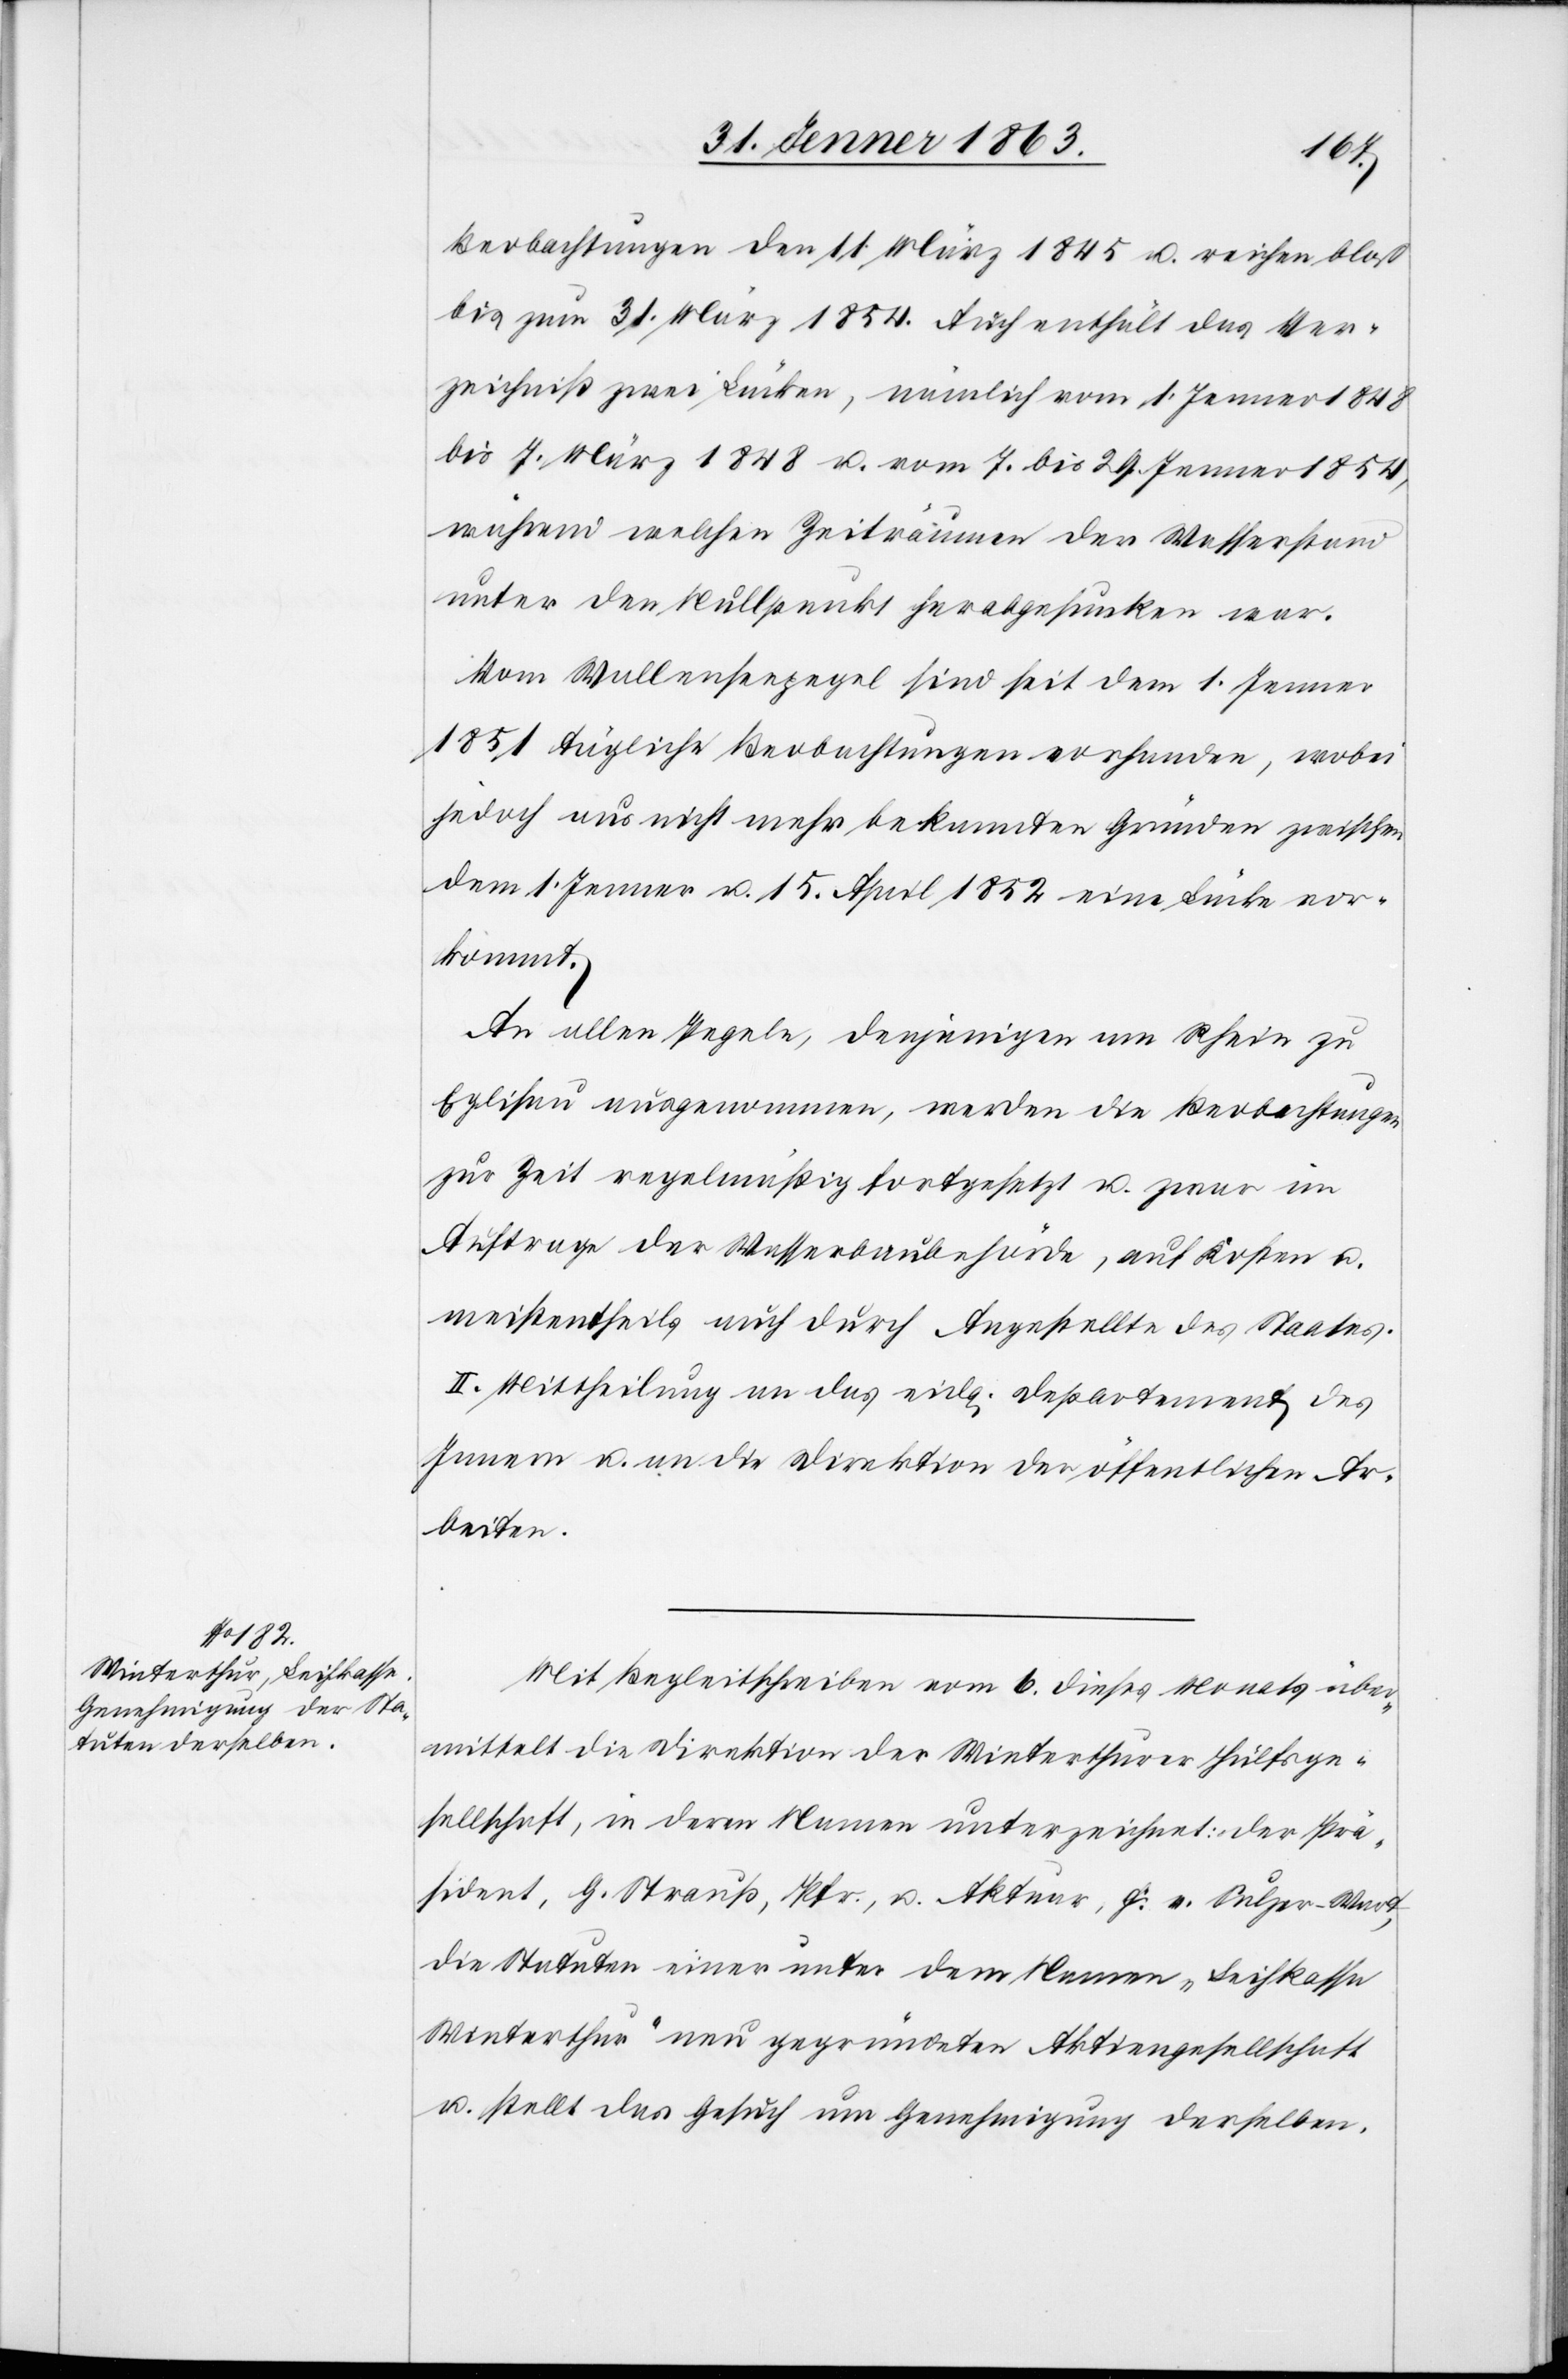
Beobachtungen den 11. März 1845 u. reichen bloß
bis zum 31. März 1854. Auch enthält das Ver¬
zeichniß zwei Lücken, nämlich vom 1. Jenner 1848
bis 7. März 1848 u. vom 7. bis 29. Jenner 1854,
während welchen Zeiträumen der Wasserstand
unter den Nullpunkt herabgesunken war.
Vom Wallenseepegel sind seit dem 1. Jenner
1851 tägliche Beobachtungen vorhanden, wobei
jedoch aus nicht mehr bekannten Gründen zwischen
dem 1. Jenner u. 15. April 1852 eine Lücke vor¬
kommt.
An allen Pegeln, denjenigen am Rhein zu
Eglisau ausgenommen, werden die Beobachtungen
zur Zeit regelmäßig fortgesetzt u. zwar im
Auftrage der Wasserbaubehörde, auf Kosten u.
meistentheils auch durch Angestellte des Staates.
II. Mittheilung an das eidg. Departement des
Innern u. an die Direktion der öffentlichen Ar¬
beiten.
Mit Begleitschreiben vom 6. dieses Monats über¬
mittelt die Direktion der Winterthurer Hülfsge¬
sellschaft, in deren Namen unterzeichnet: der Prä¬
sident, G. Strauß, Pfr., u. Aktuar, F. v. Sulzer-Wart,
die Statuten einer unter dem Namen „Leihkasse
Winterthur“ neu gegründeten Aktiengesellschaft
u. stellt das Gesuch um Genehmigung derselben.